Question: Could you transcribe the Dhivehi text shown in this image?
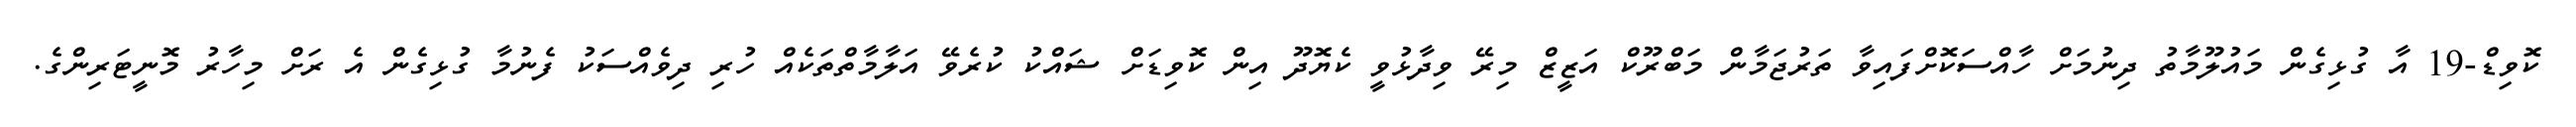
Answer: ކޮވިޑް-19 އާ ގުޅިގެން މައުލޫމާތު ދިނުމަށް ހާއްސަކޮށްފައިވާ ތަރުޖަމާން މަބްރޫކް އަޒީޒް މިރޭ ވިދާޅުވީ ކެޔޮދޫ އިން ކޮވިޑަށް ޝައްކު ކުރެވޭ އަލާމާތްތަކެއް ހުރި ދިވެއްސަކު ފެނުމާ ގުޅިގެން އެ ރަށް މިހާރު މޮނީޓަރިންގެ.